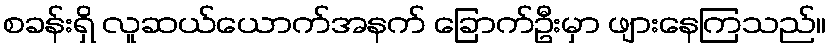
စခန်းရှိ လူဆယ်ယောက်အနက် ခြောက်ဦးမှာ ဖျားနေကြသည်။